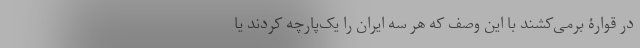
در قوارۀ برمی‌کشند با این وصف که هر سه ایران را یک‌پارچه کردند یا